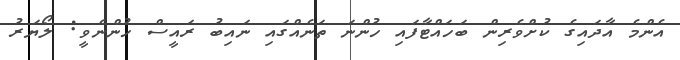
އެންމެ އާދައިގެ ކުށްވެރިން ބަހައްޓާފައި ހުންނަ ތަނެއްގައި ނައިބު ރައީސް ހުންނެވީ: ލޯޔަރު